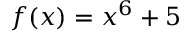
f ( x ) = x ^ { 6 } + 5